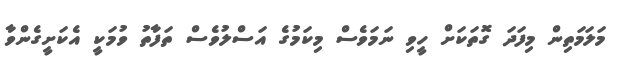
މަލަމަތިން މިފަދަ ގޮތަކަށް ހީވި ނަމަވެސް މިކަމުގެ އަސްލުވެސް ތަފާތު ވުމަކީ އެކަށީގެންވާ